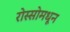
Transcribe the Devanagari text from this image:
रोस्सोमधून